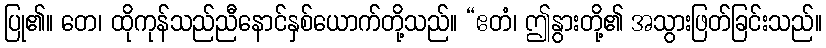
ပြု၏။ တေ၊ ထိုကုန်သည်ညီနောင်နှစ်ယောက်တို့သည်။ “ဧတံ၊ ဤနွားတို့၏ အသွားဖြတ်ခြင်းသည်။